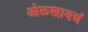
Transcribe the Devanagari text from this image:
ओळखायचं